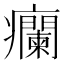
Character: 𬐁